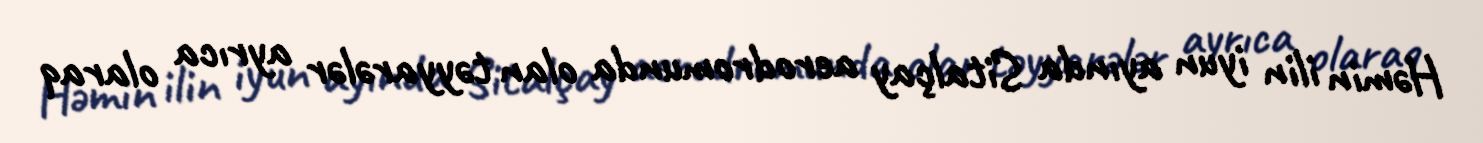
Həmin ilin iyun ayında Sitalçay aerodromunda olan təyyarələr ayrıca olaraq